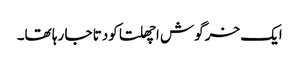
ایک خرگوش اچھلتا کودتا جا رہا تھا۔